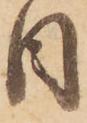
日